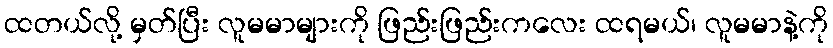
ထတယ်လို့ မှတ်ပြီး လူမမာများကို ဖြည်းဖြည်းကလေး ထရမယ်၊ လူမမာနဲ့ကို